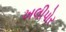
ખલીપોર